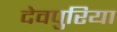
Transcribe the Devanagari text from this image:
देवपुरिया